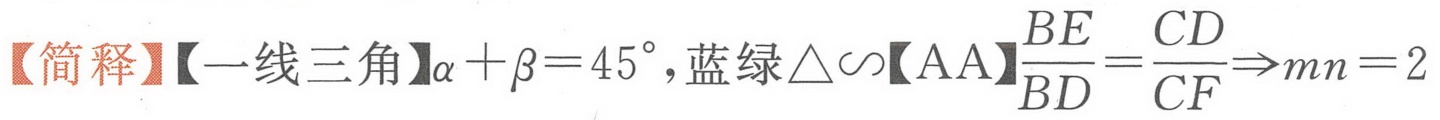
【简释】【一线三角】\(\alpha+\beta = 45^{\circ}\)，蓝绿\(\triangle\sim\)【AA】\(\frac{BE}{BD}=\frac{CD}{CF}\Rightarrow mn = 2\)